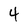
Character: 4